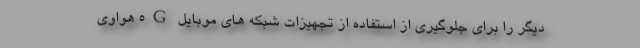
دیگر را برای جلوگیری از استفاده از تجهیزات شبکه های موبایل 5G هواوی